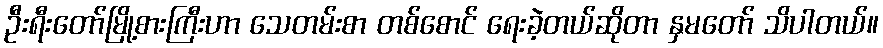
ဦးရီးတော်မြို့စားကြီးဟာ သေတမ်းစာ တစ်စောင် ရေးခဲ့တယ်ဆိုတာ နှမတော် သိပါတယ်။